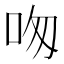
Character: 𠰯